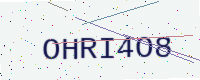
Text: OHRI4O8